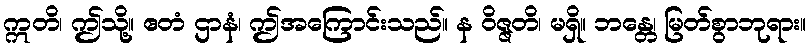
ဣတိ၊ ဤသို့။ ဧတံ ဌာနံ၊ ဤအကြောင်းသည်။ န ဝိဇ္ဇတိ၊ မရှိ။ ဘန္တေ၊ မြတ်စွာဘုရား။